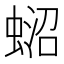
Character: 𧍌